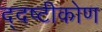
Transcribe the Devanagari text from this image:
द्दष्टीकोण